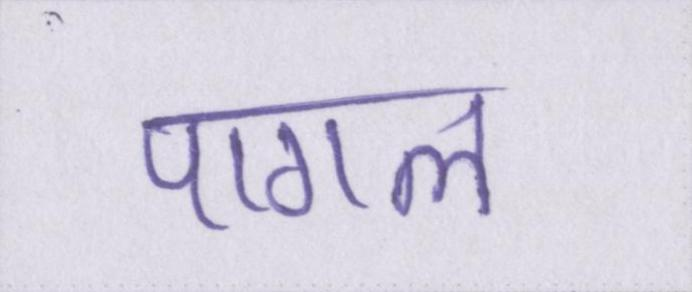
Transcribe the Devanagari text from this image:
पागल